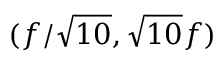
( f / \sqrt { 1 0 } , \sqrt { 1 0 } f )